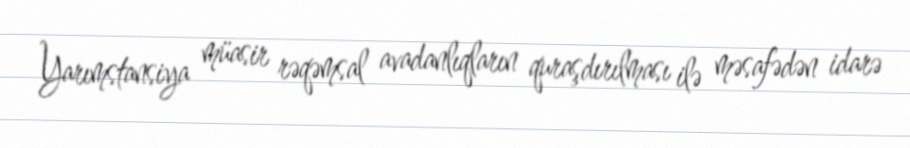
Yarımstansiya müasir rəqəmsal avadanlıqların quraşdırılması ilə məsafədən idarə